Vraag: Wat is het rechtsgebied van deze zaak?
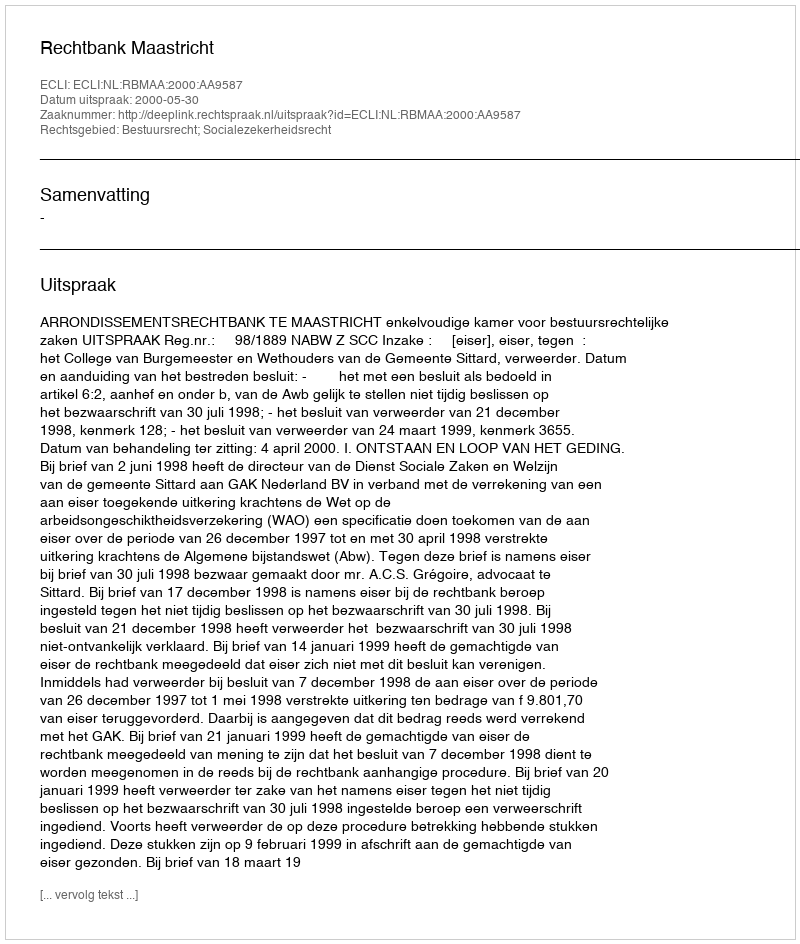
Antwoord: Bestuursrecht; Socialezekerheidsrecht